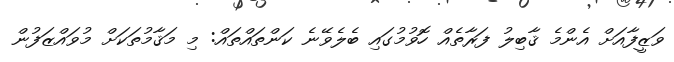
ވަޒީފާއަށް އެންމެ ޤާބިލު ފަރާތެއް ހޮވުމުގައި ބެލެވޭނެ ކަންތައްތައް: މި މަޤާމުތަކަށް މުވައްޒަފުން